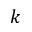
k